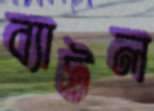
ব্যাটল